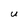
Character: U